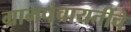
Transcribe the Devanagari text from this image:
ग्रामपंचायतींचे